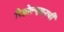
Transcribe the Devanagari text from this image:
रिझोल्यूशनची